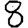
Digit: 8